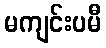
မကျင်းပမီ